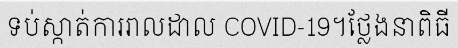
ទប់ស្កាត់ការរាលដាល COVID-19។ថ្លែងនាពិធី